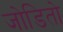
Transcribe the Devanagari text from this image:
जोडितो